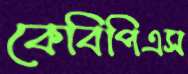
কেবিপিএস